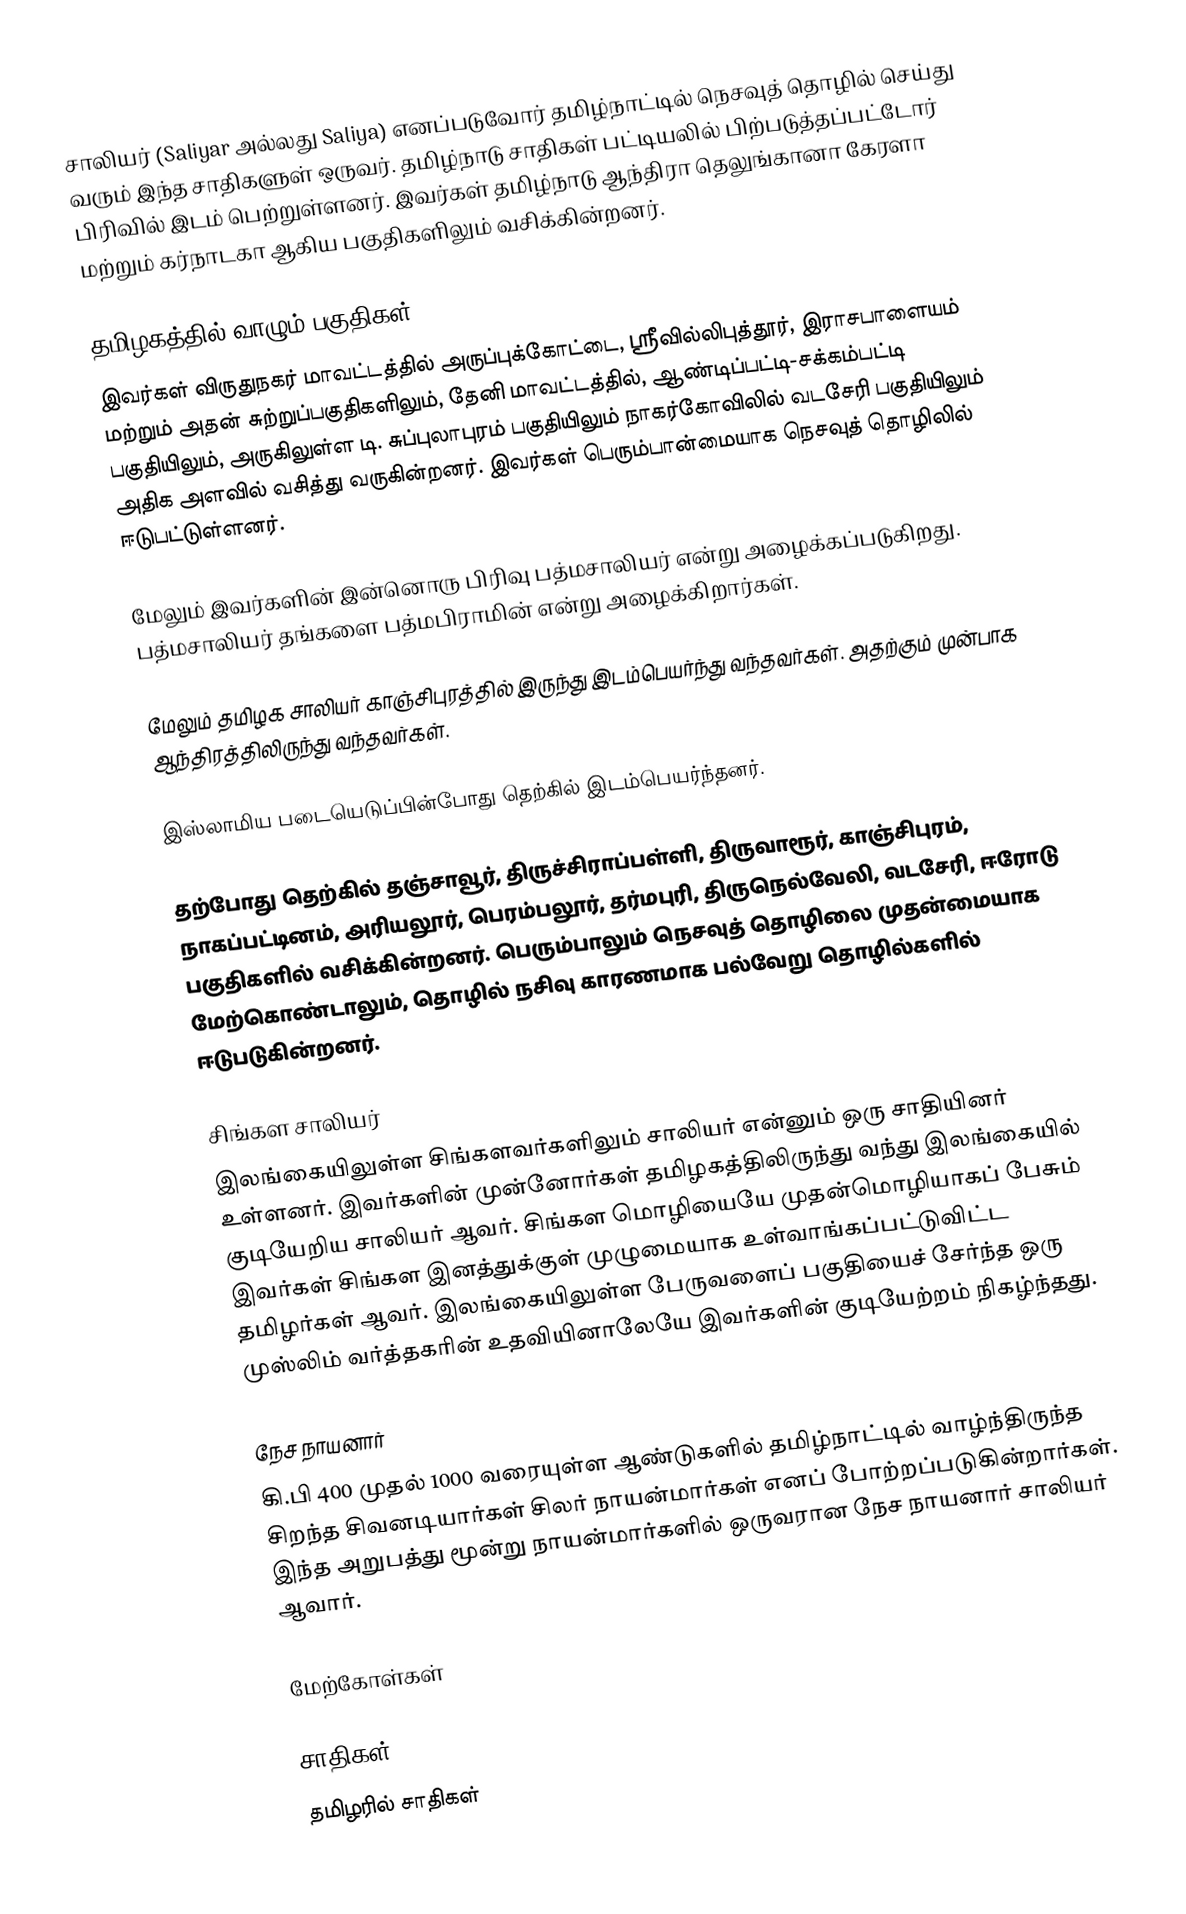
சாலியர் (Saliyar அல்லது Saliya) எனப்படுவோர் தமிழ்நாட்டில் நெசவுத் தொழில் செய்து வரும் இந்த சாதிகளுள் ஒருவர். தமிழ்நாடு சாதிகள் பட்டியலில் பிற்படுத்தப்பட்டோர் பிரிவில் இடம் பெற்றுள்ளனர். இவர்கள் தமிழ்நாடு ஆந்திரா தெலுங்கானா கேரளா மற்றும் கர்நாடகா ஆகிய பகுதிகளிலும் வசிக்கின்றனர்.

தமிழகத்தில் வாழும் பகுதிகள்
இவர்கள் விருதுநகர் மாவட்டத்தில் அருப்புக்கோட்டை, ஸ்ரீவில்லிபுத்தூர், இராசபாளையம் மற்றும் அதன் சுற்றுப்பகுதிகளிலும், தேனி மாவட்டத்தில், ஆண்டிப்பட்டி-சக்கம்பட்டி பகுதியிலும், அருகிலுள்ள டி. சுப்புலாபுரம் பகுதியிலும் நாகர்கோவிலில் வடசேரி பகுதியிலும் அதிக அளவில் வசித்து வருகின்றனர். இவர்கள் பெரும்பான்மையாக நெசவுத் தொழிலில் ஈடுபட்டுள்ளனர்.

மேலும் இவர்களின் இன்னொரு பிரிவு பத்மசாலியர் என்று அழைக்கப்படுகிறது. பத்மசாலியர் தங்களை பத்மபிராமின் என்று அழைக்கிறார்கள்.

மேலும் தமிழக சாலியர் காஞ்சிபுரத்தில் இருந்து இடம்பெயர்ந்து வந்தவர்கள். அதற்கும் முன்பாக ஆந்திரத்திலிருந்து வந்தவர்கள்.

இஸ்லாமிய படையெடுப்பின்போது தெற்கில் இடம்பெயர்ந்தனர்.

தற்போது தெற்கில் தஞ்சாவூர், திருச்சிராப்பள்ளி, திருவாரூர், காஞ்சிபுரம், நாகப்பட்டினம், அரியலூர், பெரம்பலூர், தர்மபுரி, திருநெல்வேலி,  வடசேரி, ஈரோடு பகுதிகளில் வசிக்கின்றனர். பெரும்பாலும் நெசவுத் தொழிலை முதன்மையாக மேற்கொண்டாலும், தொழில் நசிவு காரணமாக பல்வேறு தொழில்களில் ஈடுபடுகின்றனர்.

சிங்கள சாலியர்
இலங்கையிலுள்ள சிங்களவர்களிலும் சாலியர் என்னும் ஒரு சாதியினர் உள்ளனர். இவர்களின் முன்னோர்கள் தமிழகத்திலிருந்து வந்து இலங்கையில் குடியேறிய சாலியர் ஆவர். சிங்கள மொழியையே முதன்மொழியாகப் பேசும் இவர்கள் சிங்கள இனத்துக்குள் முழுமையாக உள்வாங்கப்பட்டுவிட்ட தமிழர்கள் ஆவர். இலங்கையிலுள்ள பேருவளைப் பகுதியைச் சேர்ந்த ஒரு முஸ்லிம் வர்த்தகரின் உதவியினாலேயே இவர்களின் குடியேற்றம் நிகழ்ந்தது.

நேச நாயனார்
கி.பி 400 முதல் 1000 வரையுள்ள ஆண்டுகளில் தமிழ்நாட்டில் வாழ்ந்திருந்த சிறந்த சிவனடியார்கள் சிலர் நாயன்மார்கள் எனப் போற்றப்படுகின்றார்கள். இந்த அறுபத்து மூன்று நாயன்மார்களில் ஒருவரான நேச நாயனார் சாலியர் ஆவார்.

மேற்கோள்கள்

சாதிகள்
தமிழரில் சாதிகள்